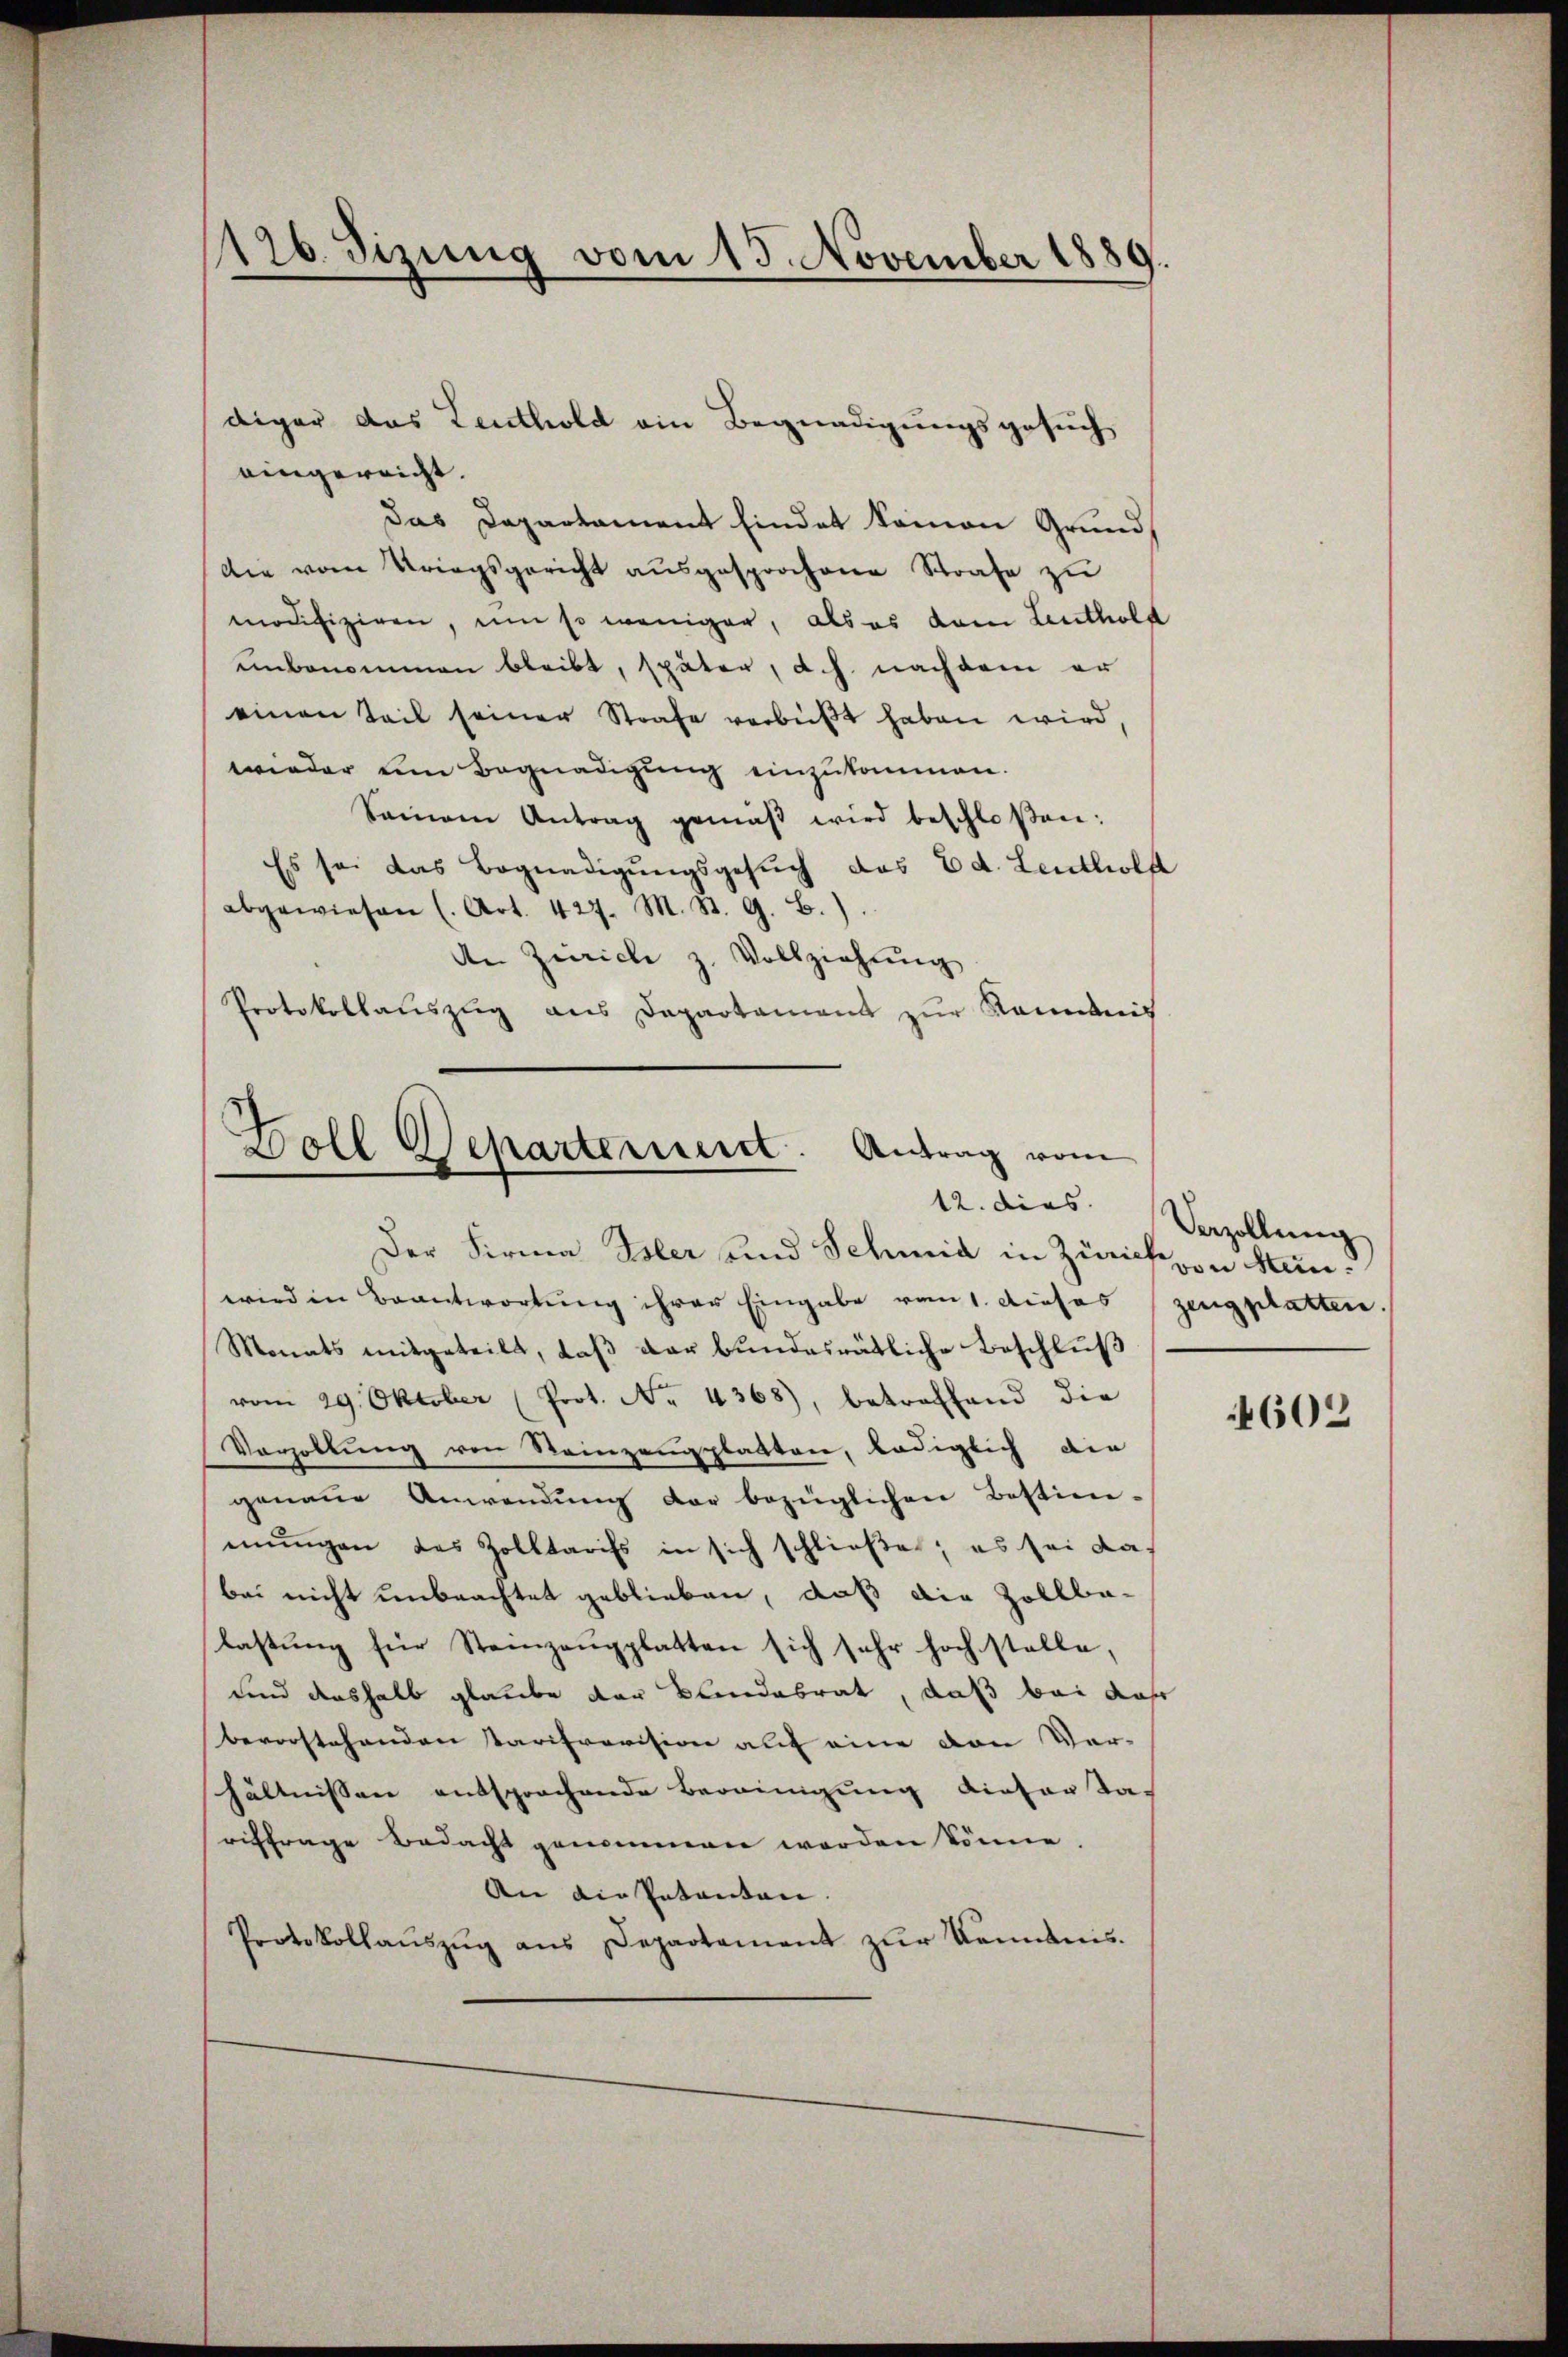
126. Sizung vom 15. November 1889.
—

eingereicht.
Das Departament findet kamon Grund
Die vom Kriegsgericht ausgesprochene Strafe zu
modifiziren, um so weniger, als es dem Leuthold
unbenommen bleibt, später, d. h. nachdem er
einen Teil seiner Strafe verbüßt haben wird,
wieder um Begnadigung einzukommen.
Samen Antrag gemäβ wird beschloßen:
Es sei das Begnadigŭngsgesŭch das Ed. Leutholf
abgewiesen (Art. 427. M. St. G. B.).
An Zürich z. Vollziehŭng
Protokollauszug aus Departament zur Kenntnis

diger das Leuthold ein Begnadigungsgesuch

Boll Departement. Antrag vom
Der Firma Isler und Schmid in Zürich

wird in Beantwortung ihrer Eingabe vom 1. dieses zeugplatten.
Monats mitgeteilt, daß der bundesrätliche Beschluß
vom 29. Oktober (Prot. No. 4368), betreffend die
Vorzollung von Steinzeugplatten, lediglich die
genaue Anwendŭng der bezüglichen Bestim-
mŭngen des Zolltarifs in sich schließe; es sei das
bei nicht unbeachtet geblieben, daß die Zollba-
lastung für Steinzeugplatten sich sehr hoch stelle,
und deshalb glaube der Blindesrat, daß bei das
bevorstehenden Tarifrovision auf eine von Vor- |
hältnissen entsprochende Bereinigung dieser da-
eitfrage Bedacht genommen werden könne.
An die Petenten. |
Protokollaŭszŭg ans Departement zŭr Kenntnis.

12. dies Verzollung
von Stein.

4602